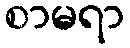
စာမရာ